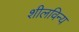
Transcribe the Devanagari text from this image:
शीलविन्य